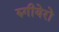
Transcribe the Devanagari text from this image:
रुगीयेरो